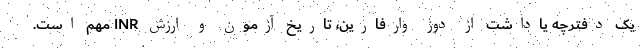
یک دفترچه یاداشت از دوز وارفارین، تاریخ آزمون و ارزش INR مهم است.